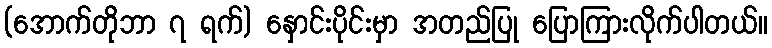
(အောက်တိုဘာ ၇ ရက်) နှောင်းပိုင်းမှာ အတည်ပြု ပြောကြားလိုက်ပါတယ်။